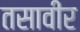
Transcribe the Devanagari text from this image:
तसावीर